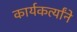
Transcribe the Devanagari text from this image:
कार्यकर्त्यांने